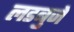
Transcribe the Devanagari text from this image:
लडबुजे